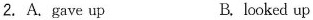
2.A.gave up B.looked up